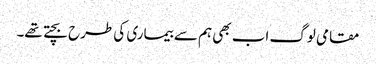
مقامی لوگ اب بھی ہم سے بیماری کی طرح بچتے تھے۔